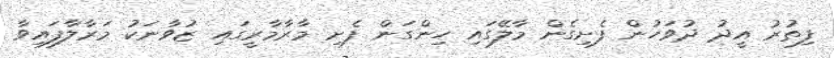
ފިތުރު އީދު ދުވަހުން ފެށިގެން މާލޭގައި ހިންގަން ފެށި މާރާމާރީގައި ޒުވާނަކު މަރާލާފައިވާ